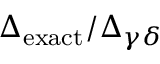
\Delta _ { \mathrm { e x a c t } } / \Delta _ { \gamma \delta }